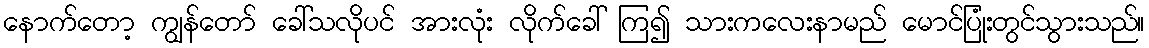
နောက်တော့ ကျွန်တော် ခေါ်သလိုပင် အားလုံး လိုက်ခေါ် ကြ၍ သားကလေးနာမည် မောင်ပြုံးတွင်သွားသည်။